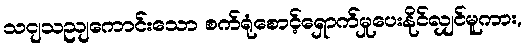
သငျသညျကောင်းသော စက်ရုံစောင့်ရှောက်မှုပေးနိုင်လျှင်မူကား,